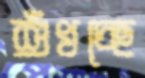
শুঁখচ্ছে